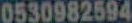
0530982594